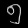
Digit: ၅